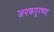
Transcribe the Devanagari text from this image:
जनकपूरच्या